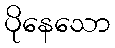
ပိုနေသော